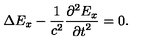
\Delta E _ { x } - \frac { 1 } { c ^ { 2 } } \frac { { \partial } ^ { 2 } E _ { x } } { { \partial t } ^ { 2 } } = 0 .